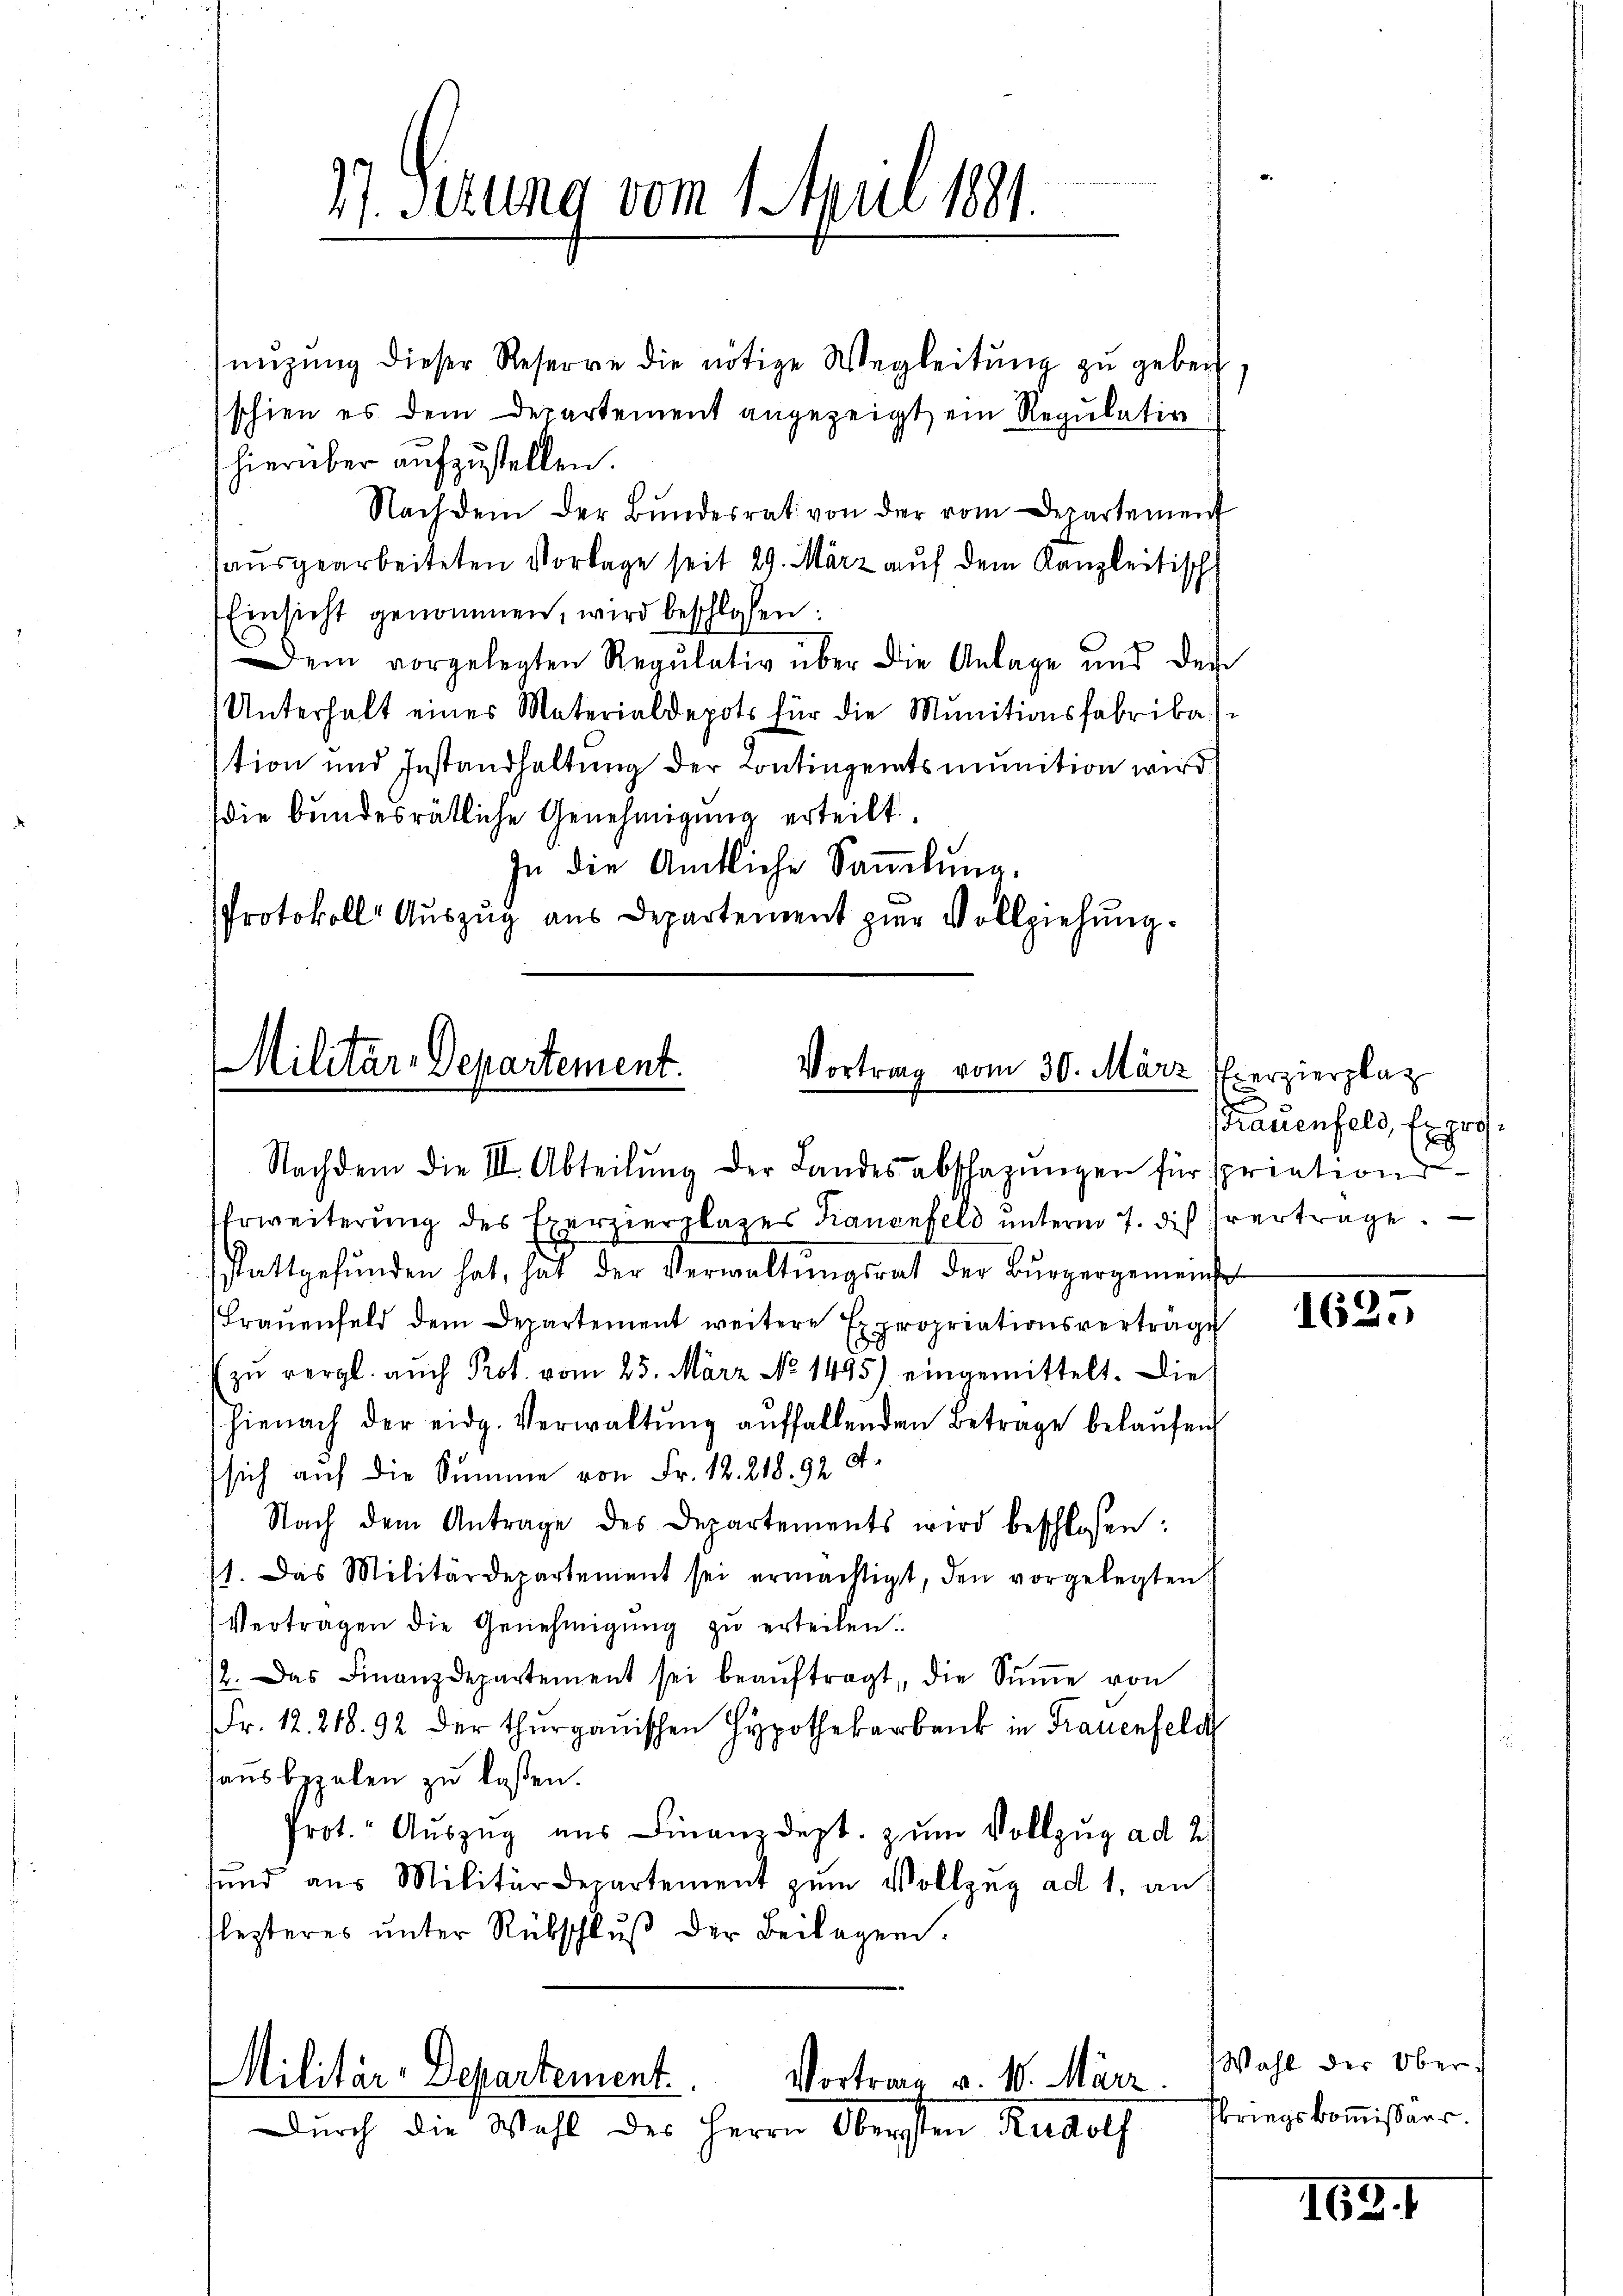
nizŭng dieser Reserre die nötige Wegleitŭng zŭ geben
schien es dem Departement angezeigt, ein Regulativ
hierüber aufzustellen.
Nachdem der Bŭndesrat von der vom Departement
ausgearbeiteten Vorlage seit 29. März auf dem Kanzleitisch
Einsicht genommen, wird beschlossen:
Dem vorgelegten Regulativ über die Anlage und der
Unterhalt eines Materialdepots für die Munitionsfabrika)
stion und Instandhaltung der Contingentsmunition wird
die bundesrätliche Genehmigung erteilt
In die Amtliche Saṁlŭng,
Protokoll Auszug aus Departement zŭr Vollziehung.

17. Setzung vom 1 Aue 1881.

Militar-Departement.
Vortrag vom 30. März
Nachdem die III. Abteilŭng der Landesabschagŭngen für spriations-

Erweiterŭng des Exerzierplazer Krauenfeld ŭnterm 7. des vertrage.
stattgefŭnden hat, hat der Verwaltŭngsrat der Bürgergemeinse
(Frauenfeld dem Departement weitere Expropriationsvertrage
zu vergl. auch Prot. vom 25. März No. 1495) eingemittelt. Die
hienach der eidg. Verwaltŭng aŭffallenden Betrage belaŭfen
sich auf die Summe von Fr. 12. 218. 92. 4.
Nach dem Antrage des Departements wird beschloßen:
71. Das Militärdepartement sei ermächtigt, den vorgelegten
Vertragen die Genehmigŭng zŭ erteilen.
2. Das Finanzdepartement sei beaŭftragt, die Sŭṁe von
Fr. 12. 218. 92 der thurgauischen Hypothekarbank in Frauenfeld
aŭsbezalen zu laßen.
Prot. Auszug aus Finanzdept. zum Vollzug ad 2.)
sund aus Militärdepartement zum Vollzug ad 1, an
flezteres ŭnter Rübschlŭβ der Beilagen.

Militär-Departement.
Vortrag v. 1. März
Durch die Wahl des Herrn Obersten Rudolf

Exerzierplaz
d
Frauenfeld, fo er
d

1625

Wahl der Ober:
Fkriegskommissärr.

162. 1